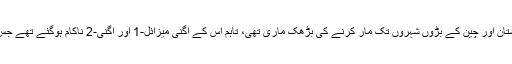
قبل ازیں بھارت نے اگنی تھری میزائل پاکستان اور چین کے بڑوں شہروں تک مار کرنے کی بڑھک ماری تھی، تاہم اس کے اگنی میزائل-1 اور اگنی-2 ناکام ہوگئے تھے جس پر اگنی3 تیار کرنے کا دعویٰ کیا گیا تھا۔